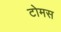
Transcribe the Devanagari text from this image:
टोमस